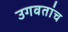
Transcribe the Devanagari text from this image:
उगवतांच